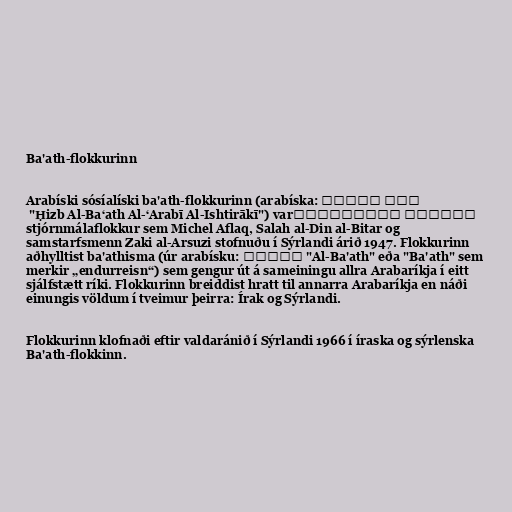
Ba'ath-flokkurinn

Arabíski sósíalíski ba'ath-flokkurinn (arabíska: حزب البعث
العربي الاشتراكي‎ "Ḥizb Al-Ba‘ath Al-‘Arabī Al-Ishtirākī") var
stjórnmálaflokkur sem Michel Aflaq, Salah al-Din al-Bitar og
samstarfsmenn Zaki al-Arsuzi stofnuðu í Sýrlandi árið 1947. Flokkurinn
aðhylltist ba'athisma (úr arabísku: البعث‎ "Al-Ba'ath" eða "Ba'ath" sem
merkir „endurreisn“) sem gengur út á sameiningu allra Arabaríkja í eitt
sjálfstætt ríki. Flokkurinn breiddist hratt til annarra Arabaríkja en náði
einungis völdum í tveimur þeirra: Írak og Sýrlandi.

Flokkurinn klofnaði eftir valdaránið í Sýrlandi 1966 í íraska og sýrlenska
Ba'ath-flokkinn.